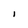
Character: I